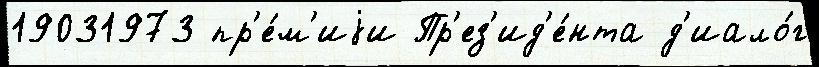
19031973 пр'е́м'иjи Пр'ез'ид'е́нта д'иало́г